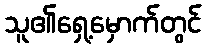
သူ၏ရှေ့မှောက်တွင်